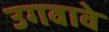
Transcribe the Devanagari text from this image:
उगवावे